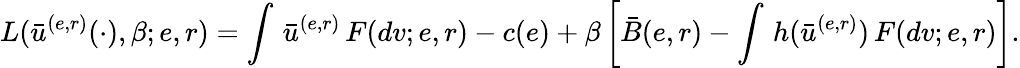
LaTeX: L(\bar{u}^{(e,r)}(\cdot),\beta;e,r)=\int\, \bar{u}^{(e,r)}\, F(dv;e,r)-c(e)+\beta\left[\bar{B}(e,r)-\int\, h(\bar{u}^{(e,r)})\, F(dv;e,r)\right].